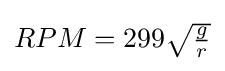
{\textstyle RPM=299{\sqrt {g \over r}}}